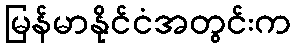
မြန်မာနိုင်ငံအတွင်းက